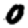
Digit: 0